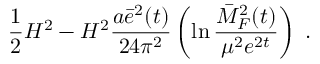
\frac { 1 } { 2 } H ^ { 2 } - H ^ { 2 } \frac { a \bar { e } ^ { 2 } ( t ) } { 2 4 \pi ^ { 2 } } \left( \ln \frac { \bar { M } _ { F } ^ { 2 } ( t ) } { \mu ^ { 2 } e ^ { 2 t } } \right) \; .